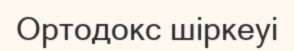
Ортодокс шіркеуі